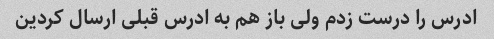
ادرس را درست زدم ولی باز هم به ادرس قبلی ارسال کردین